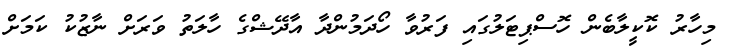
މިހާރު ކޮކީލާބެން ހޮސްޕިޓަލުގައި ފަރުވާ ހޯދަމުންދާ އާދޭޝްގެ ހާލަތު ވަރަށް ނާޒުކު ކަމަށް